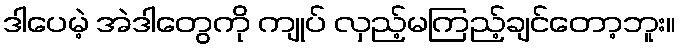
ဒါပေမဲ့ အဲဒါတွေကို ကျုပ် လှည့်မကြည့်ချင်တော့ဘူး။